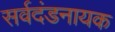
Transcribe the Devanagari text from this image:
सर्वदंडनायक